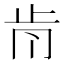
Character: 𣥑